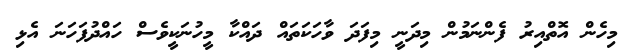
މިހެން އޮތްއިރު ފެންނަމުން މިދަނީ މިފަދަ ވާހަކަތައް ދައްކާ މީހުނަކީވެސް ހައްދުފަހަނަ އެޅި